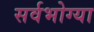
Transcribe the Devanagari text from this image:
सर्वभोग्या